Indian journal of veterinary science and animal husbandry - Volumes 15-17, 1948-1951
Year: 1948
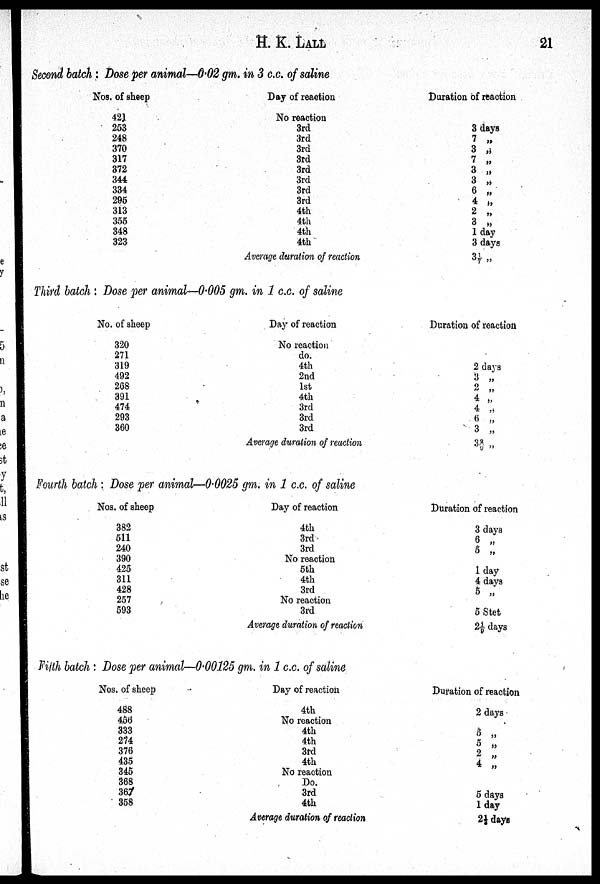
H. K. LALL
21
Second batch: Dose per animal—0.02 gm. in 3 c.c. of saline
Nos. of sheep
421
253
248
370
317
372
344
334
295
313
355
348
323
Day of reaction
No reaction
3rd
3rd
3rd
3rd
3rd
3rd
3rd
3rd
4th
4th
4th
4th
Average duration of reaction
Duration of reaction
3 days
7 „
3 „
7 „
3 „
3 „
6 „
4 „
2 „
3 „
1 day
3 days
3 1/7 „
Third batch: Dose per animal—0.005 gm. in 1 c.c. of saline
No. of sheep
320
271
319
492
268
391
474
293
360
Day of reaction
No reaction
do.
4th
2nd
1st
4th
3rd
3rd
3rd
Average duration of reaction
Duration of reaction
2 days
3 „
2 „
4 „
4 „
6 „
3 „
3 2/9 „
Fourth batch: Dose per animal—0.0025 gm. in 1 c.c. of saline
Nos. of sheep
382
511
240
390
425
311
428
257
593
Day of reaction
4th
3rd
3rd
No reaction
5th
4th
3rd
No reaction
3rd
Average duration of reaction
Duration of reaction
3 days
6 „
5 „
1 day
4 days
5 „
5 Stet
2 1/9 days
Fifth batch: Dose per animal—0.00125 gm. in 1 c.c. of saline
Nos. of sheep
488
456
333
274
376
435
345
368
367
358
Day of reaction
4th
No reaction
4th
4th
3rd
4th
No reaction
Do.
3rd
4th
Average duration of reaction
Duration of reaction
2 days
5 „
5 „
2 „
4 „
5 days
1 day
2 1/3 days